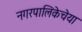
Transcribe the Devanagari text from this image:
नगरपालिकेचेया